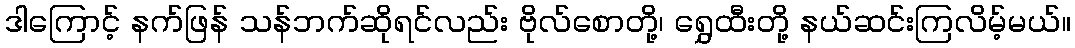
ဒါကြောင့် နက်ဖြန် သန်ဘက်ဆိုရင်လည်း ဗိုလ်စောတို့၊ ရွှေထီးတို့ နယ်ဆင်းကြလိမ့်မယ်။